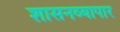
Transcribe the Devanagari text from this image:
शासनव्यापार